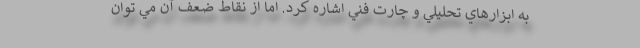
به ابزارهاي تحليلي و چارت فني اشاره کرد. اما از نقاط ضعف آن مي توان